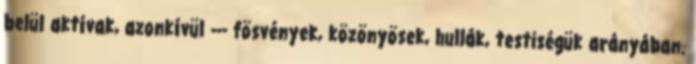
belül aktívak, azonkívül --- fösvények, közönyösek, hullák, testiségük arányában.